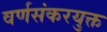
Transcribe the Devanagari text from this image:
वर्णसंकरयुक्त